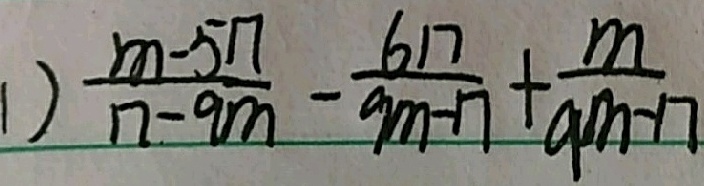
1 ) \frac { m - 5 n } { n - 9 m } - \frac { 6 n } { 9 m - n } + \frac { m } { 9 m - n }